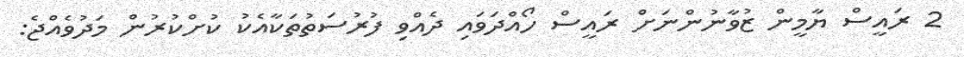
2 ރައީސް ޔާމީން ޒުވާނުންނަށް ރައީސް ހޯއްދަވައި ދެއްވި ފުރުސަތުތަކާއެކު ކުށްކުރުން މަދުވެއްޖެ: